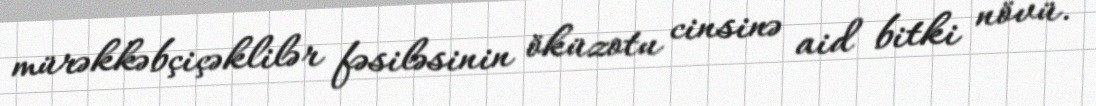
mürəkkəbçiçəklilər fəsiləsinin öküzotu cinsinə aid bitki növü.